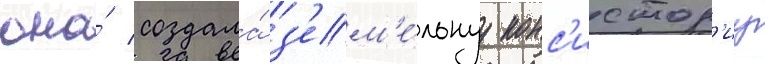
она́ создала́ з'ем'е́льнуу конс'истор'иу